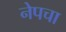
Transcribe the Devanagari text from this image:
नेपचा